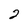
Character: 2